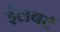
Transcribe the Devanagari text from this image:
ईलबर्ट